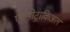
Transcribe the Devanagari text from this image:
एण्डोट्राकिअल